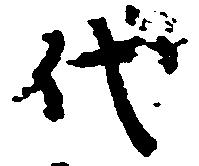
代